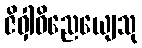
ဇိဝှါဝိညေယျေသု